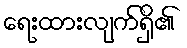
ရေးထားလျက်ရှိ၏